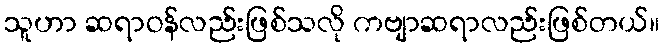
သူဟာ ဆရာဝန်လည်းဖြစ်သလို ကဗျာဆရာလည်းဖြစ်တယ်။